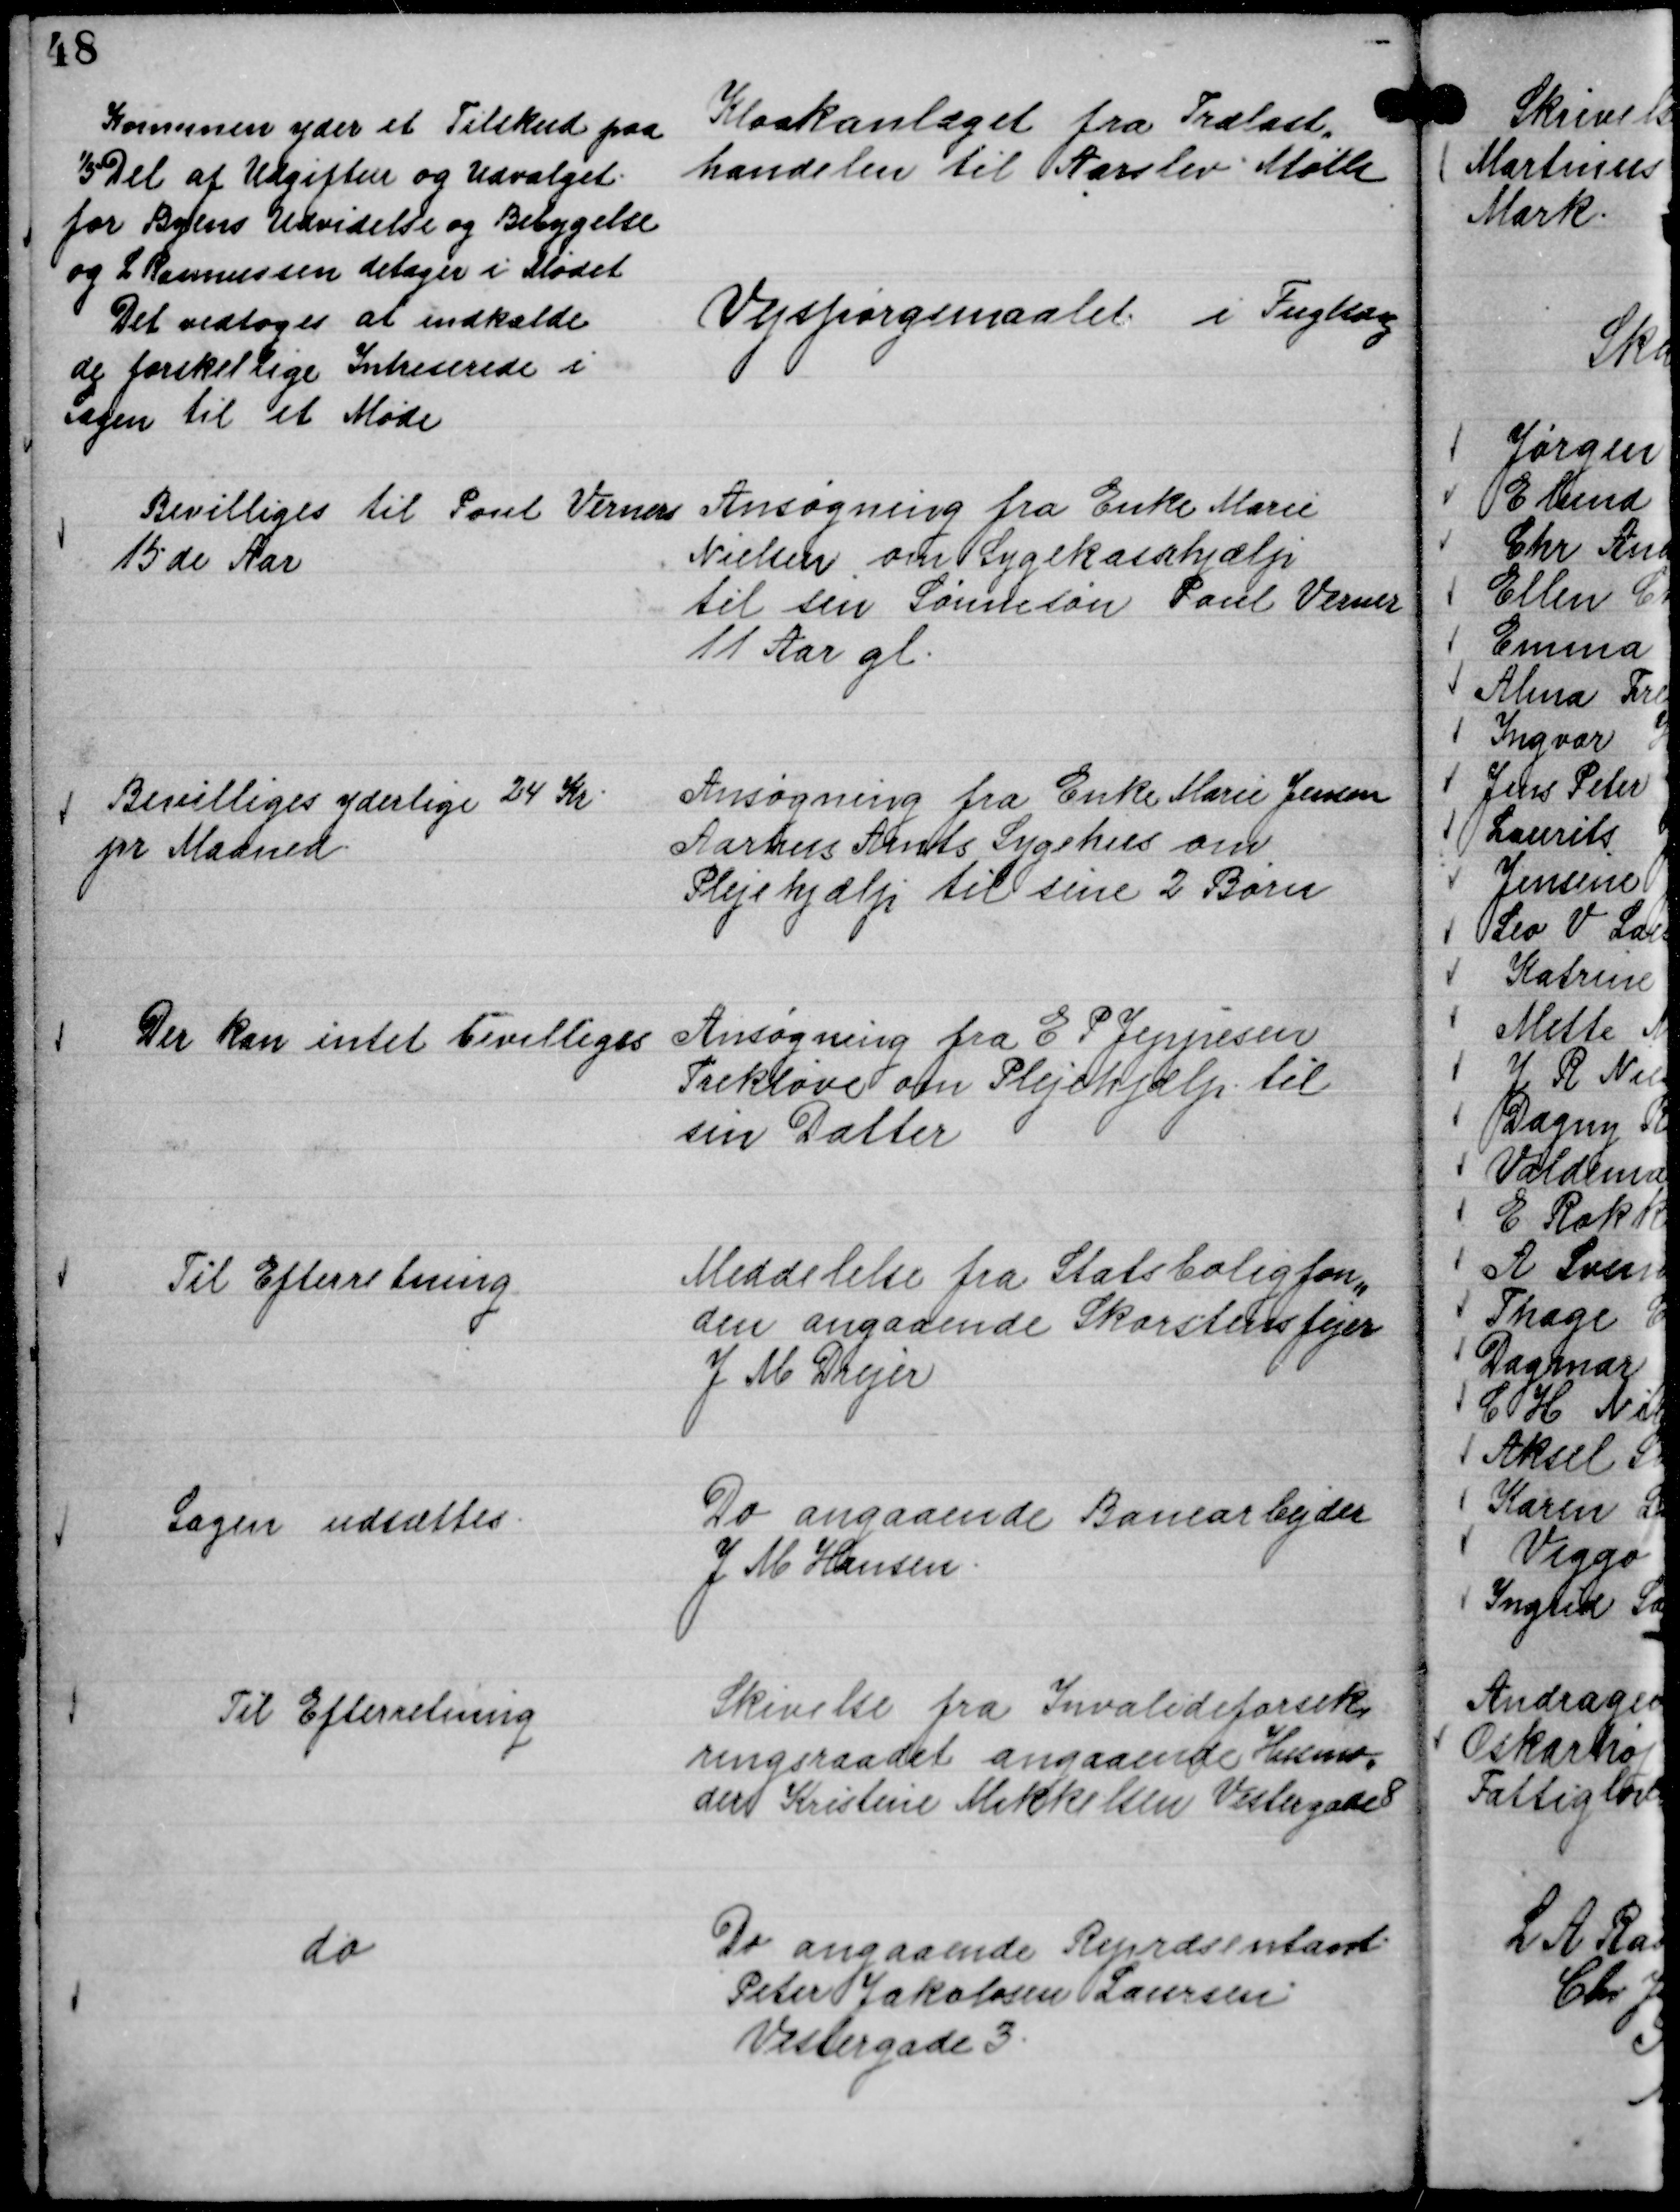
Transskription:
Kloakanlæget fra Trælast,,
handelen til Aarslev Mølle

Komunen yder et Tilskud paa
1/5 Del af Udgiften og Udvalget
for Byens Udvidelse og Bebyggelse
og L Rasmussen deltager i Mødet

Vejspørgsmaalet i Fuglsang

Det vedtoges at indkalde
de forskellige Intreserede i
sagen til et Møde

Ansøgning fra Enke Marie
Nielsen om Sygekassehjælp
til sin Sønnesøn Poul Verner
11 Aar gl.

Bevilliges til Poul Verners
15 de Aar

Ansøgning fra Enke Marie Jensen
Aarhus Amts Sygehus om
Plejehjælp til sine 2 Børn

Bevilliges yderligere 24 Kr.
pr Maaned.

Ansøgning fra E P Jeppesen
Trekløve om Plejehjælp til
sin Datter

Der kan intet bevilliges

Meddelelse fra Statsboligfon,,
den angaaende Skorstensfejer
J M Drejer

Til Efterretning

do angaaende Banearbejder
J M Hansen.

Sagen udsættes.

Skrivelse fra Invalideforsik,,
ringsraadet angaaende Husmo,,
der Kristine Mikkelsen Vestergade 8

Til Efterretning

Do angaaende Repræsentant
Peter Jakobsen Laursen
Vestergade 3.

do